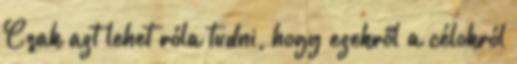
Csak azt lehet róla tudni, hogy ezekről a célokról